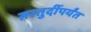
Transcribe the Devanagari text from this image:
तरतुदींपर्यंत